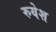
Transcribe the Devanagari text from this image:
रुयेश